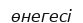
өнегесі